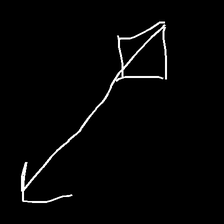
Glyph: focus